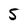
Character: 5